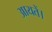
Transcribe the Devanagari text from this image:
आयतें।